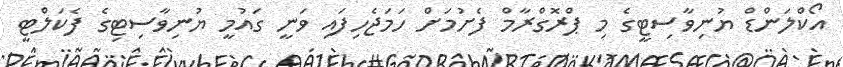
އޯކްލަންޑް ޔުނިވާސިޓީގެ މި ޕްރޮގްރާމް ފެށުމަށް ހަމަޖެހިފައި ވަނީ ގައުމީ ޔުނިވާސިޓިގެ ފެކަލްޓީ